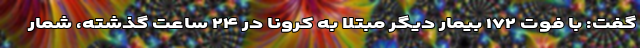
گفت: با فوت ۱۷۲ بیمار دیگر مبتلا به کرونا در ۲۴ ساعت گذشته، شمار